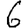
Digit: 6